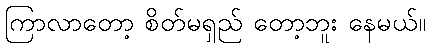
ကြာလာတော့ စိတ်မရှည် တော့ဘူး နေမယ်။